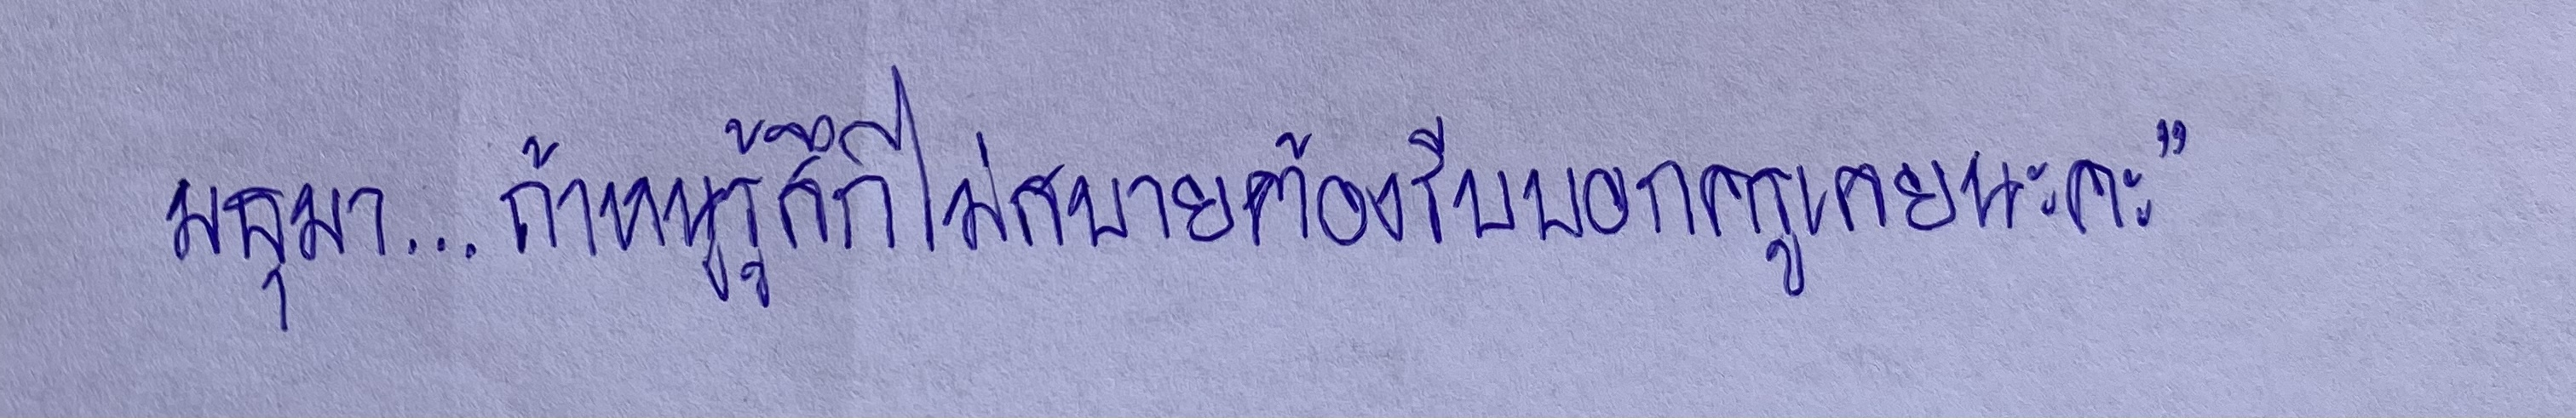
"มธุมา...ถ้าหนูรู้สึกไม่สบายต้องรีบบอกครูเลยนะคะ"